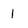
Character: 1